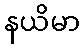
နယိမာ